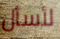
لأسأل